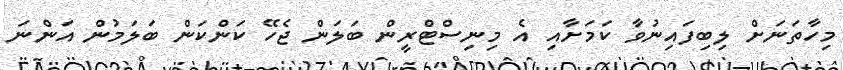
މިހާތަނަށް ލިބިފައިނުވާ ކަމަށާއި އެ މިނިސްޓްރީން ބަލަން ޖެހޭ ކަންކަން ބަލަމުން އަންނަ